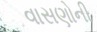
વાસણોની